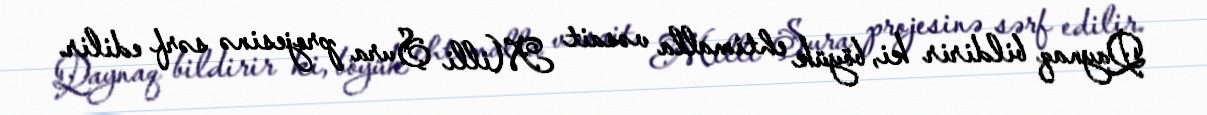
Qaynaq bildirir ki, böyük ehtimalla vəsait Milli Şura projesinə sərf edilir.